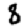
Digit: 8